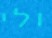
ולי